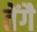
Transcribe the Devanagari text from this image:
तेंगै